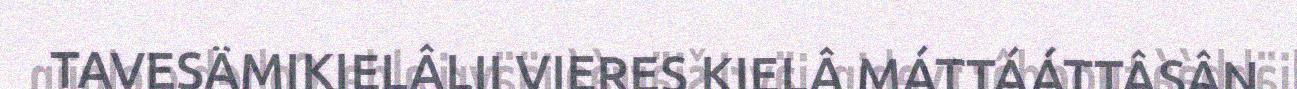
TAVESÄMIKIELÂLII VIERES KIELÂ MÁTTÁÁTTÂSÂN